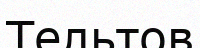
Тельтов